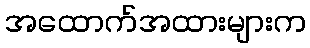
အထောက်အထားများက